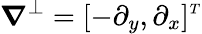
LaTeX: \boldsymbol{\nabla}^{\perp}=[-\partial_{y},\partial_{x}]^{\scriptscriptstyle T}